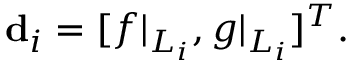
\mathbf { d } _ { i } = [ f | _ { L _ { i } } , g | _ { L _ { i } } ] ^ { T } .